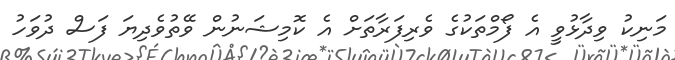
މަނިކު ވިދާޅުވީ އެ ފޯމްތަކުގެ ވެރިފަރާތަށް އެ ކޮމިޝަނުން ވޭތުވެދިޔަ ފަސް ދުވަހު